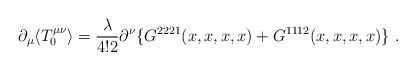
\begin{align*}\partial_{\mu} \langle T_{0}^{\mu \nu} \rangle = \frac{\lambda}{4!2}\partial^{\nu}\{ G^{2221}(x,x,x,x) + G^{1112}(x,x,x,x) \} \ .\end{align*}